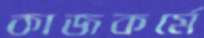
কাজকর্মে